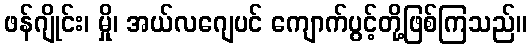
ဖန်ဂျိုင်း၊ မှို၊ အယ်လဂျေပင် ကျောက်ပွင့်တို့ဖြစ်ကြသည်။